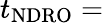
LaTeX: t_{\mathrm{NDRO}}=